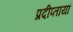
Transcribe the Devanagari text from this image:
प्रदीप्तायां